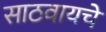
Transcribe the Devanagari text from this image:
साठवायचे